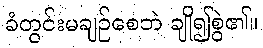
ခံတွင်းမချဉ်စေဘဲ ချို၍စွဲ၏။